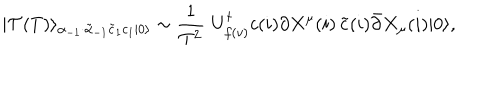
LaTeX: | \mathcal { T } ( T ) \rangle _ { \alpha _ { - 1 } \cdot \tilde { \alpha } _ { - 1 } \tilde { c } _ { 1 } c _ { 1 } | 0 \rangle } \sim \frac { 1 } { T ^ { 2 } } \, \, U _ { f ( v ) } ^ { \dagger } c ( i ) \partial X ^ { \mu } ( i ) \, \tilde { c } ( i ) \bar { \partial } X _ { \mu } ( i ) | 0 \rangle ,